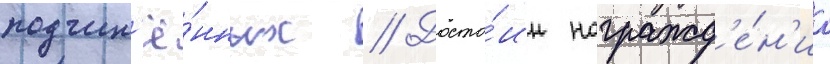
подчин'ё́нных // Досто́ин награжд'е́н'иа